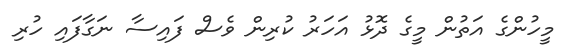
މީހުންގެ އަތުން މީގެ ދޮޅު އަހަރު ކުރިން ވެސް ފައިސާ ނަގާފައި ހުރި